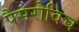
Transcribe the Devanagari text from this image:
पैसरोविच